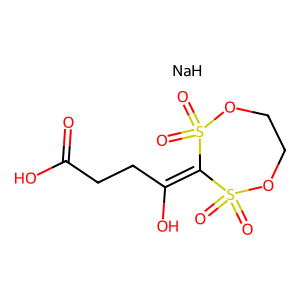
SMILES: O=C(O)CCC(O)=C1S(=O)(=O)OCCOS1(=O)=O.[NaH]
Inhibits HIV replication: No